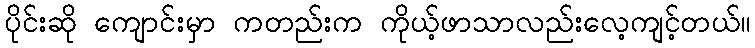
ပိုင်းဆို ကျောင်းမှာ ကတည်းက ကိုယ့်ဖာသာလည်းလေ့ကျင့်တယ်။